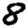
Digit: 8